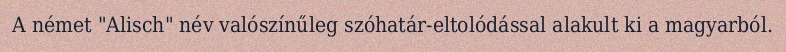
A német "Alisch" név valószínűleg szóhatár-eltolódással alakult ki a magyarból.